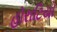
હોરાટિયો